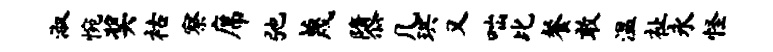
淑惋奖祜察席弛蔑隳几珙又咄比餐敢温祉永怪